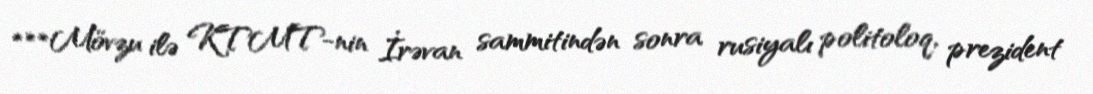
***Mövzu ilə KTMT-nin İrəvan sammitindən sonra rusiyalı politoloq, prezident